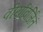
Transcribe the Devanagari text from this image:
वीर्यावर्जितं